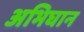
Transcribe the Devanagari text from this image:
अभिघान